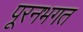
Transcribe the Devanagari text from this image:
पूरनभगत